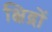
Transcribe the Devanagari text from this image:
क्षिद्रों